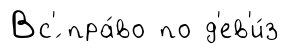
Вс'́ пра́во по д'ев'и́з